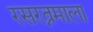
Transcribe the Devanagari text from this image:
रसरत्नमाला